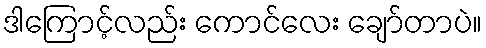
ဒါကြောင့်လည်း ကောင်လေး ချော်တာပဲ။